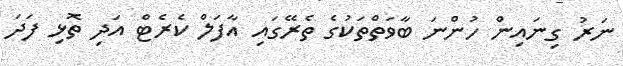
ނަރު ގިނައިން ހުންނަ ބާވަތްތަކުގެ ތެރޭގައި އާފަލް ކެރެޓް އަދި ތޮޅި ފަދަ